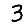
Digit: 3